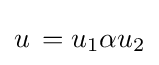
u\,=u_{1}\alpha u_{2}